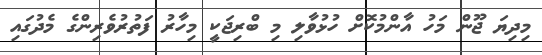
މިދިޔަ ޖޫން މަހު އާންމުކޮށް ހުޅުވާލި މި ބްރިޖަކީ މިހާރު ފަތުރުވެރިންގެ މެދުގައި